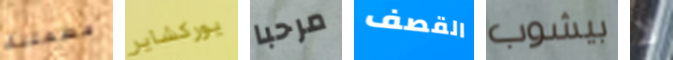
مطمئنة يوركشاير مرحبا القصف بيشوب لا